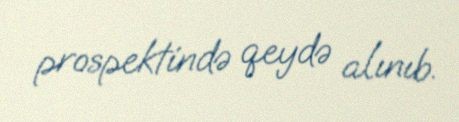
prospektində qeydə alınıb.